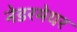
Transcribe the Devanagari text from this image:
नेडरमेयर